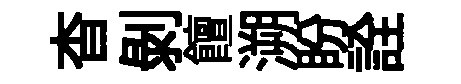
杳剝饘溯盼詮